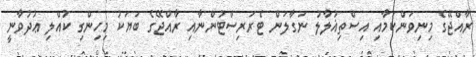
ރާއްޖޭގެ މިނިވަންކަމާއި އިސްތިޣުލާލު ނަގާލަން ޓެރަރިސްޓުންނާއި ރާއްޖޭގެ ބަޔަކު މިހިންގި ކުއްލި ޢުދުވާނީ